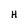
Character: H